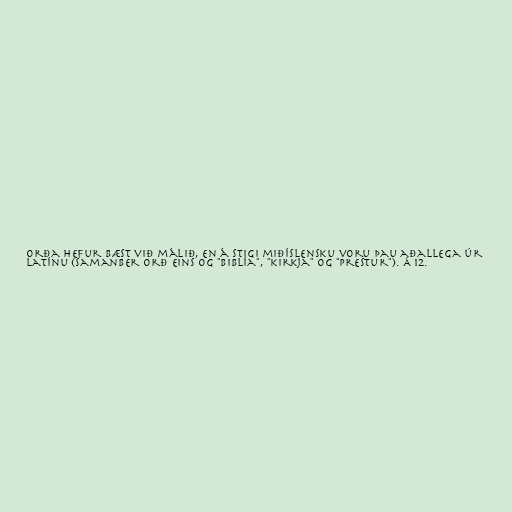
orða hefur bæst við málið, en á stigi miðíslensku voru þau aðallega úr
latínu (samanber orð eins og "biblía", "kirkja" og "prestur"). Á 12.